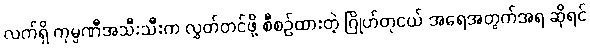
လက်ရှိ ကုမ္ပဏီအသီးသီးက လွှတ်တင်ဖို့ စီစဉ်ထားတဲ့ ဂြိုဟ်တုငယ် အရေအတွက်အရ ဆိုရင်